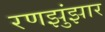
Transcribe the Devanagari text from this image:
रणझुंझार